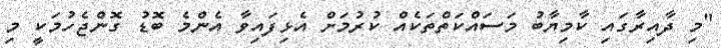
"މި ދާއިރާގައި ކާމިޔާބު މަސައްކަތްތަކެއް ކުރުމަށް އެޅިފައިވާ އެންމެ ބޮޑު ގޮންޖެހުމަކީ މި